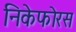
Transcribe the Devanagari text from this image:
निकेफोरस